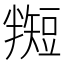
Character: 𬑵